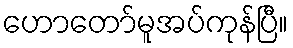
ဟောတော်မူအပ်ကုန်ပြီ။